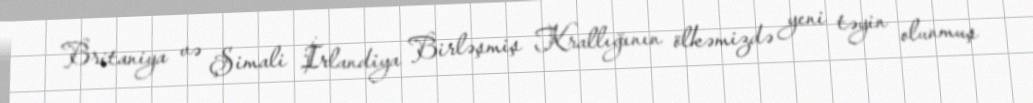
Britaniya və Şimali İrlandiya Birləşmiş Krallığının ölkəmizdə yeni təyin olunmuş